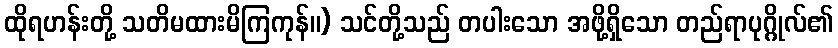
ထိုရဟန်းတို့ သတိမထားမိကြကုန်။) သင်တို့သည် တပါးသော အဖို့ရှိသော တည်ရာပုဂ္ဂိုလ်၏